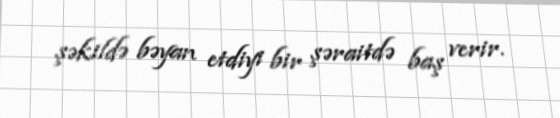
şəkildə bəyan etdiyi bir şəraitdə baş verir.